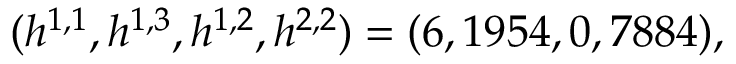
( h ^ { 1 , 1 } , h ^ { 1 , 3 } , h ^ { 1 , 2 } , h ^ { 2 , 2 } ) = ( 6 , 1 9 5 4 , 0 , 7 8 8 4 ) , \quad